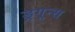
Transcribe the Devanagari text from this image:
ड्रगून्स